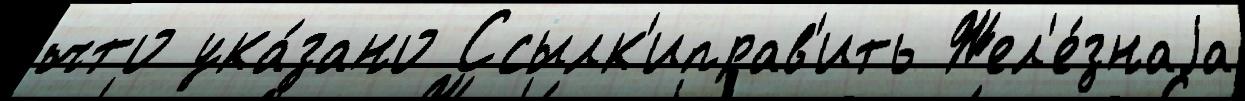
что ука́зано Ссылк'иправ'ить Жел'е́знаjа